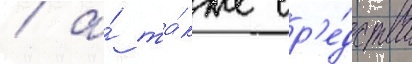
/ а́ та́кже ср'е́дства